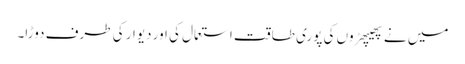
میں نے پھیپھڑوں کی پوری طاقت استعمال کی اور دیوار کی طرف دوڑا۔